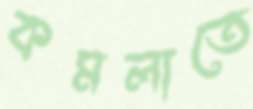
কমলাতে